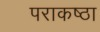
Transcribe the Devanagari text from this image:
पराकष्ठा